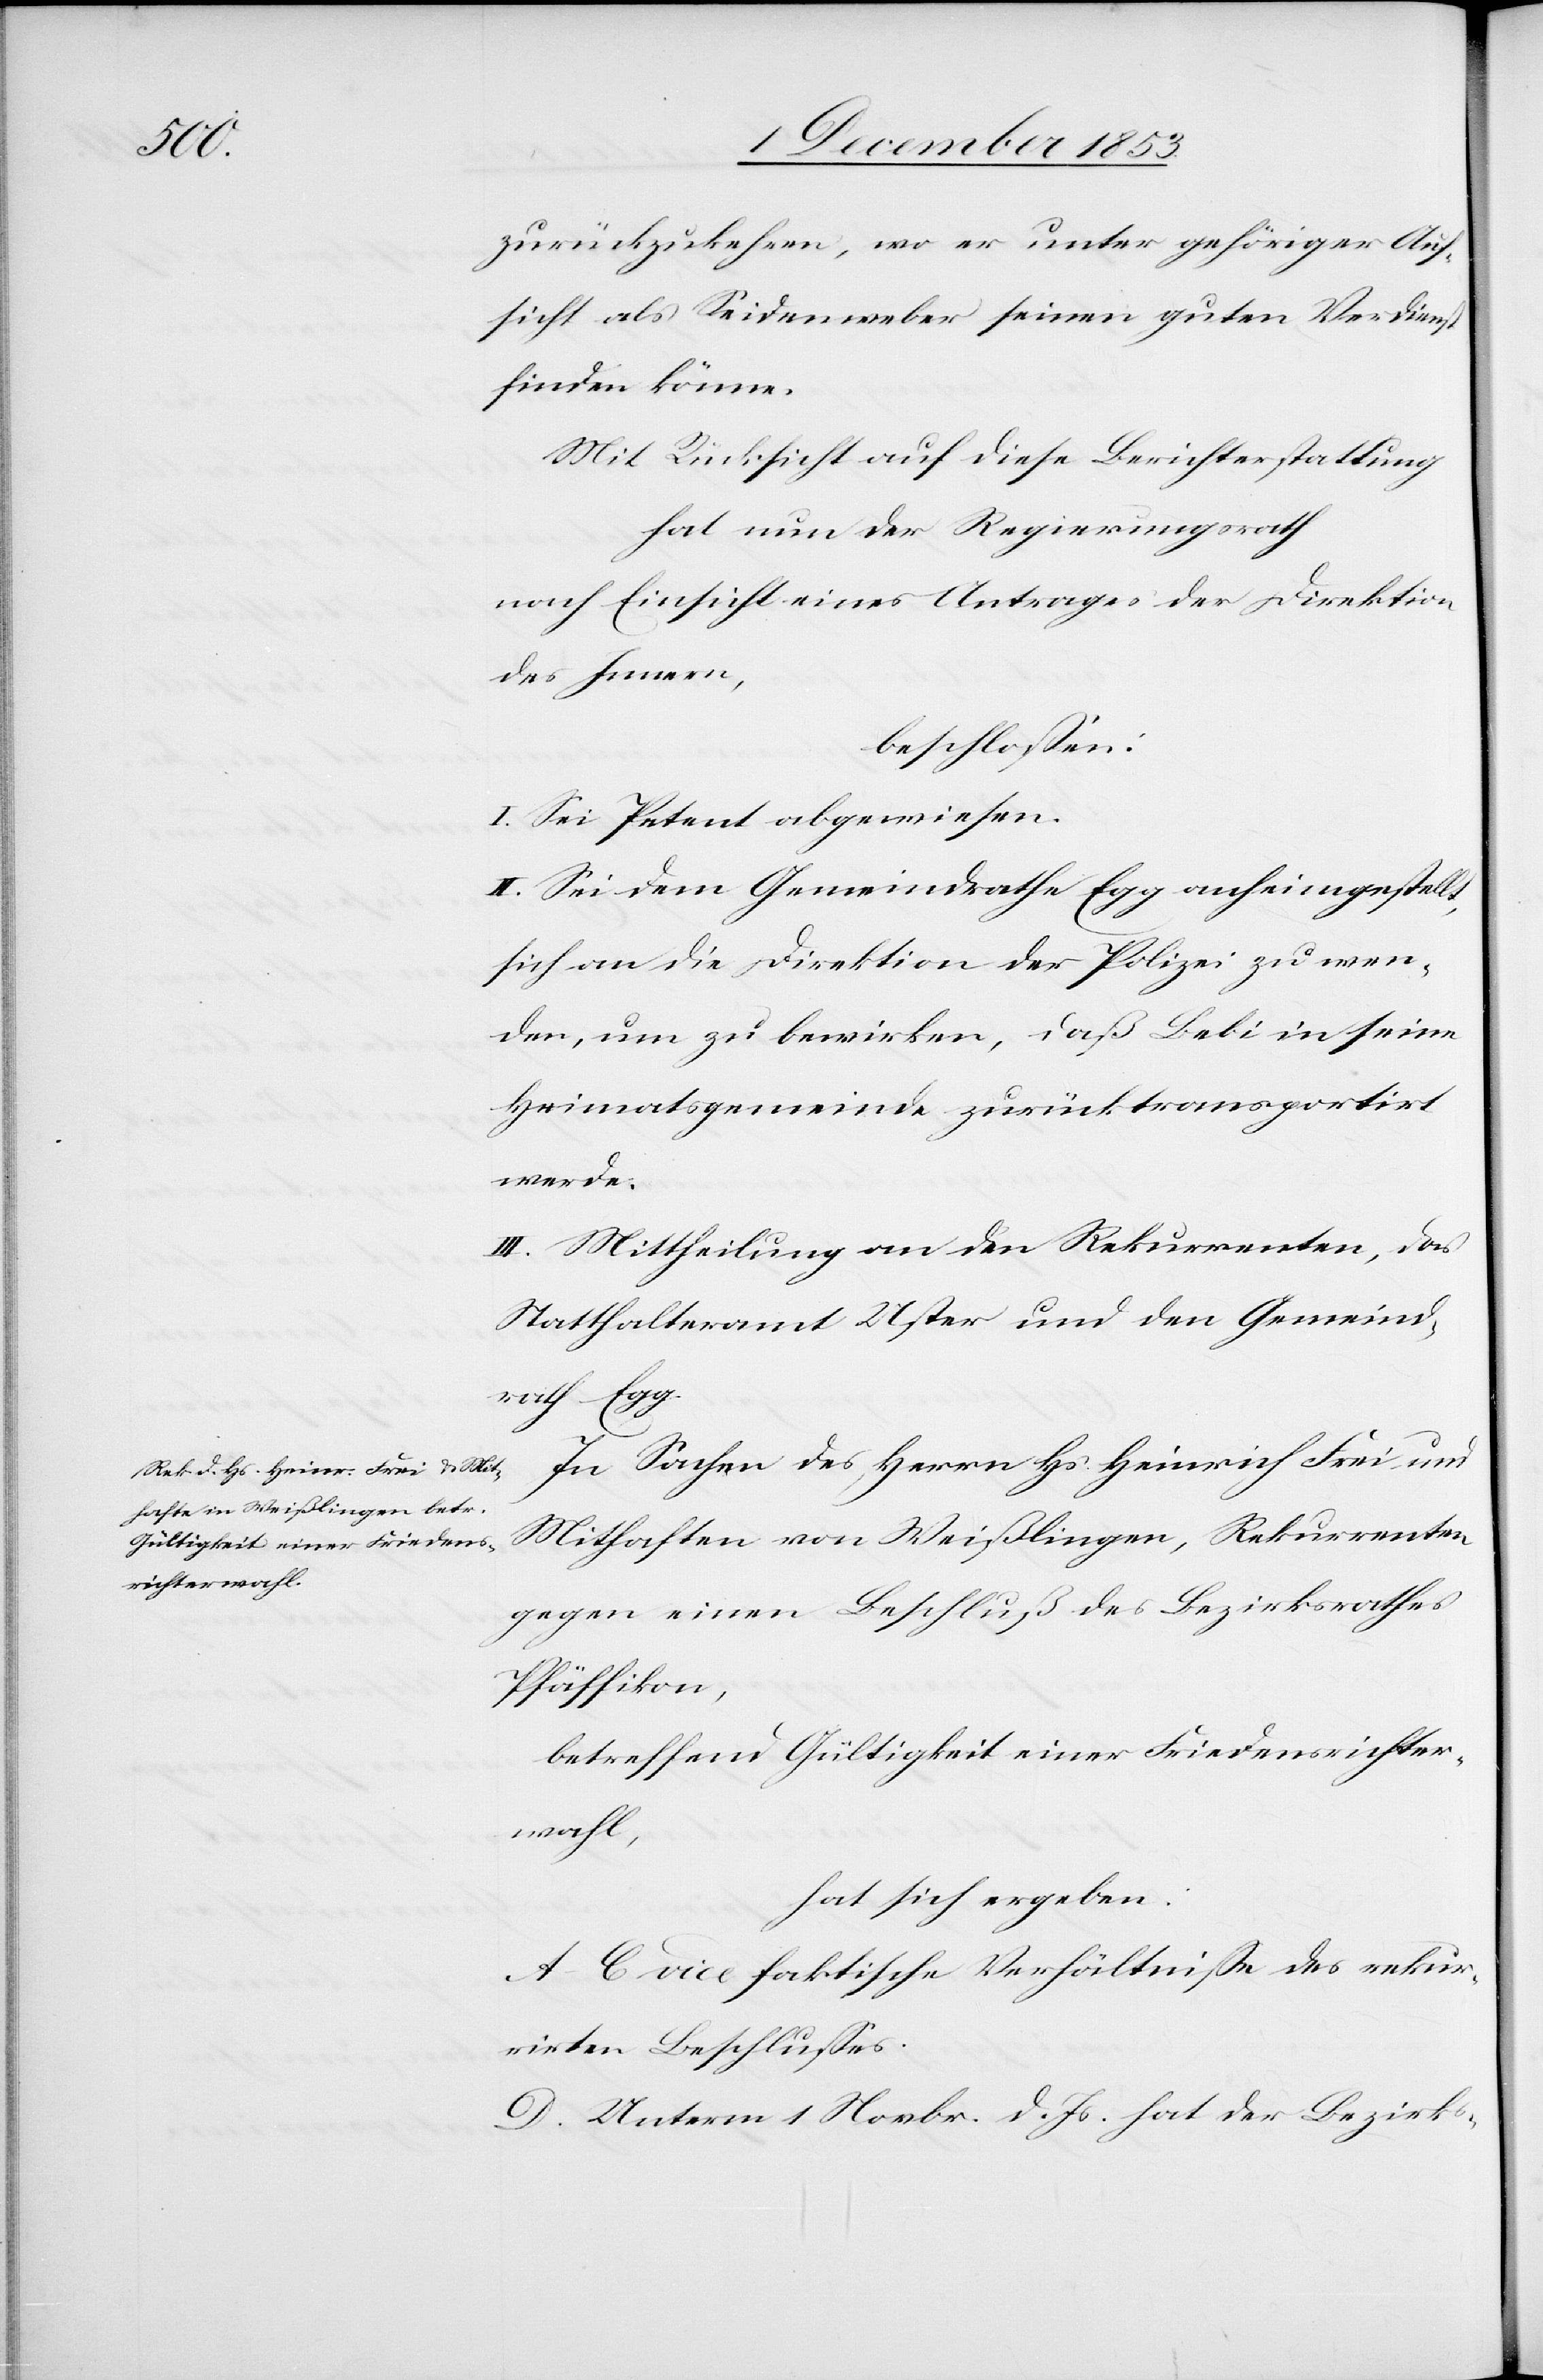
zurückzukehren, wo er unter gehöriger Auf¬
sicht als Seidenweber seinen guten Verdienst
finden könne.
Mit Rücksicht auf diese Berichterstattung
hat nun der Regierungsrath
nach Einsicht eines Antrages der Direktion
des Innern,
beschloßen:
I. Sei Petent abgewiesen.
II. Sei dem Gemeindrathe Egg anheimgestellt,
sich an die Direktion der Polizei zu wen¬
den, um zu bewirken, daß Bebi in seine
Heimatgemeinde zurücktransportirt
werde.
III. Mittheilung an den Rekurrenten, das
Statthalteramt Uster und den Gemeind¬
rath Egg.
In Sachen des Herrn Hs. Heinrich Frei und
Mithaften von Weißlingen, Rekurrenten
gegen einen Beschluß des Bezirksrathes
Pfäffikon,
betreffend Gültigkeit einer Friedensrichter¬
wahl,
hat sich ergeben:
A–C. vide faktische Verhältniße des rekur¬
rirten Beschlußes.
D. Unterm 1 Novemb. d. Js. hat der Bezirks-